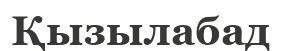
Қызылабад